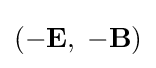
(-\mathbf {E} ,\;-\mathbf {B} )